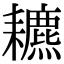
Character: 𦔩